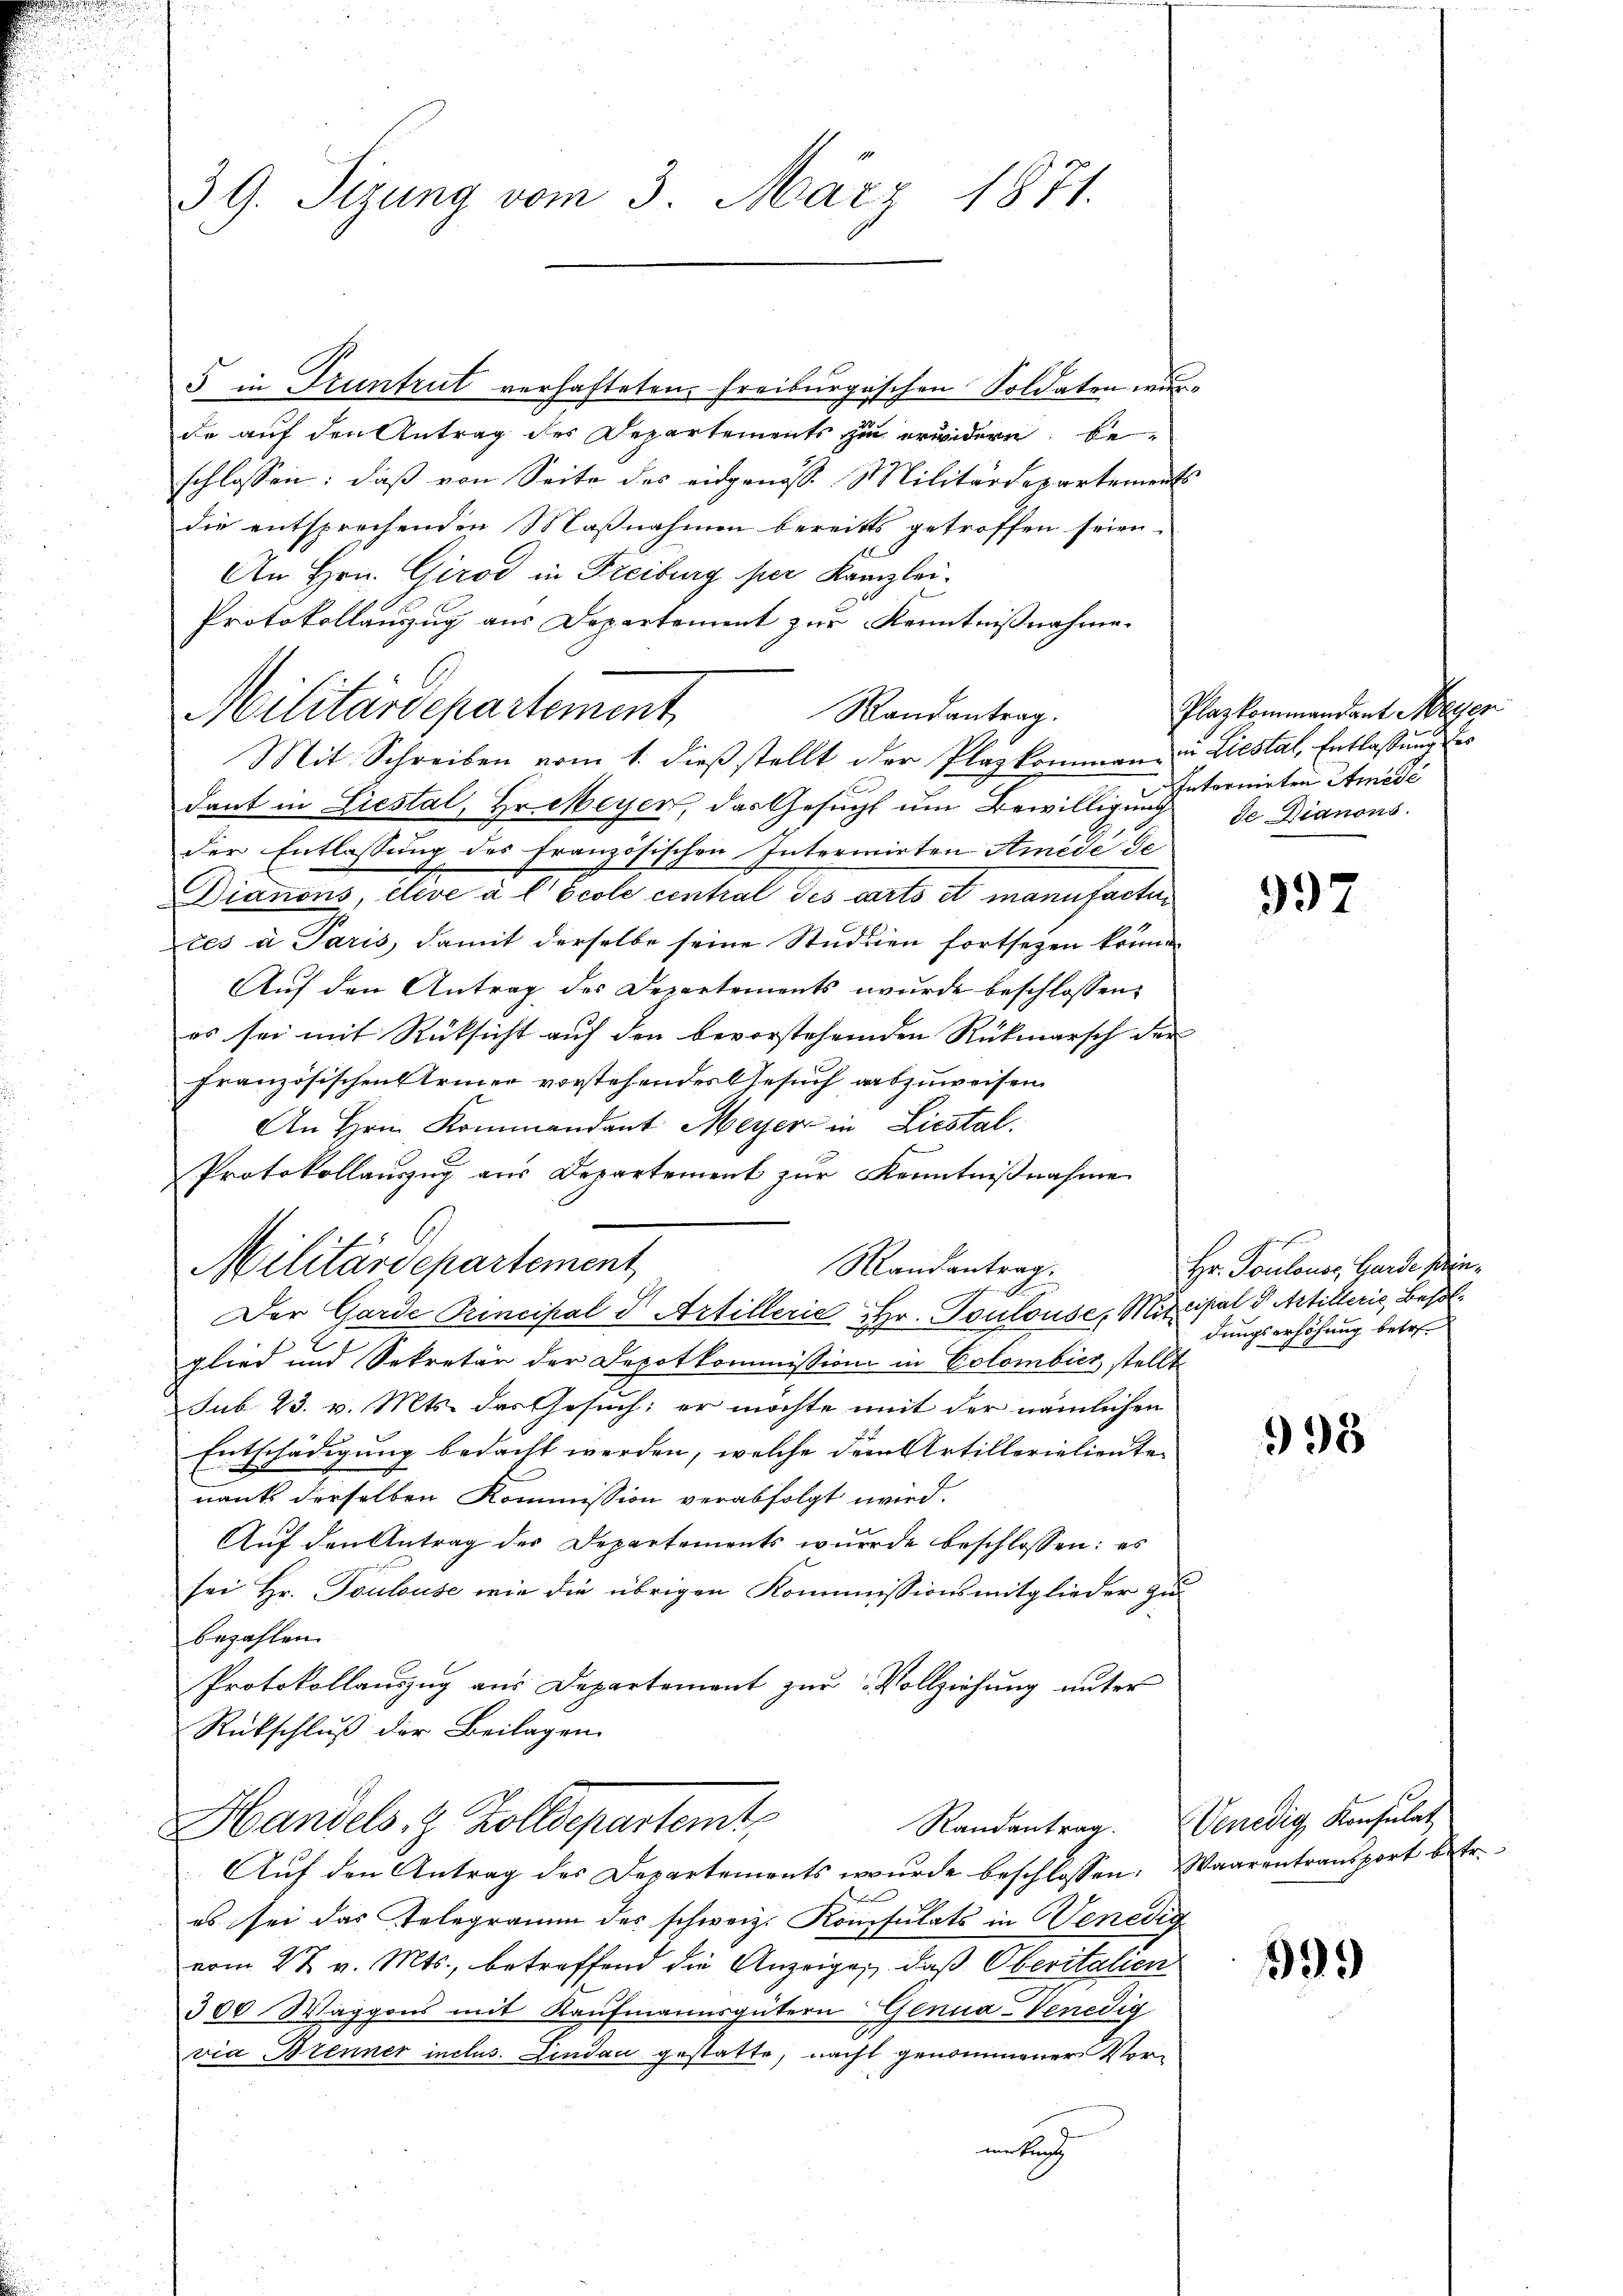
39. Sizung vom 3. März 1871.

f
Militärdepartement

5 in Truntrut verhafteten Freiburgischen Soldaten wurde auf den Antrag des Departements zu erwidern beschlossen: daß von Seite des eidgenosse Militärdepartements
die entsprechenden Maßnahmen bereits getroffen seien.
An Hrn. Girod in Freiburg per Kanzlei.
Protokollanzug aus Departement zur Kenntnißnahme.
Militärdepartement
Randantrag.
Mit Schreiben vom 1. dieβ stellt der Plazkommen in Liestal, Entlassŭng des
dant in Liestal, Hr. Meyer, das Gesucht um Bewilligung de Dianons.
der Entlassung des Französische
Intermirten Amide de
Dianons, etive à l Ecole central des carts et manufacti
tes a Paris damit derselbe seine Studien fortsezen könne.
Auf den Antrag des Departements wurde beschlossen:
es sei mit Rücksicht auf den bevorstehenden Rückmarsch der
französischen Armer vorstehendes Gesuch auszuweisen.
An Hrn. Kommandant Meyer in Liestal.
Protokollauszug aus Departement zur Kenntnißnahme
Randantrag.
Der Garde Principal I Artillerie Hr. Toulouse, Mitcisal d. Artillerie, Besolglied und Sekretär der Depotkommission in Colombier stellt
sub 23. v. Mts. des Gesuch; er möchte mit der nämlichen
Entschädigung bedacht werden, welche dem Artillerialienten
nants derselben Kommission verabfolgt wird.
Auf den Antrag des Departements wurde beschlossen: es
sei Hr. Toulouse wie die übrigen Kommissionsmitglieder zu
bezahlen.
Protokollauszug aus Departement zur Vollziehung unter
Rückschluß der Beilagen
Randantrag. Venedig, Konsulat
Handels. z. Zolldepartemt,
Aŭf den Antrag des Departements wŭrde beschlossen: Waarentransport betr.
es sei das Telegramm des schweiz. Konsulats in Venedig
vom 27. v. Mts., betreffend die Anzeigen, daß Oberitalien
300 Waggons mit Kaufmannsgütern Genua-Venedig
via Brenner inclus. Lindau gestatte, nacht genommener Vormekun

Plaz kommandant Meyer
Intermieten Amede

397

Hr. Toulonen, Garde sein,
dungserhöhung betr.

998

599